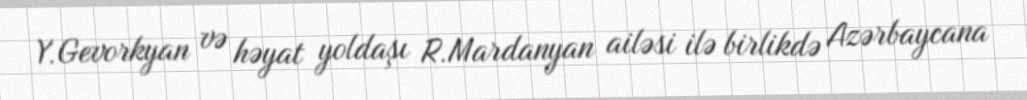
Y.Gevorkyan və həyat yoldaşı R.Mardanyan ailəsi ilə birlikdə Azərbaycana